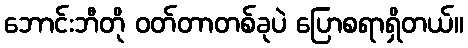
ဘောင်းဘီတို ဝတ်တာတစ်ခုပဲ ပြောစရာရှိတယ်။